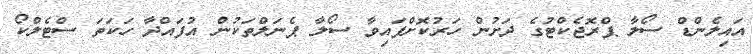
އައިލެންޑް ސޯލާ ޕްރޮޖެކްޓުގެ ދަށުން ހަރުކޮށްފައިވާ ސޯލާ ޕެނަލްތަކުން އުފައްދާ ހަކަތަ ސްޓެލްކޯ